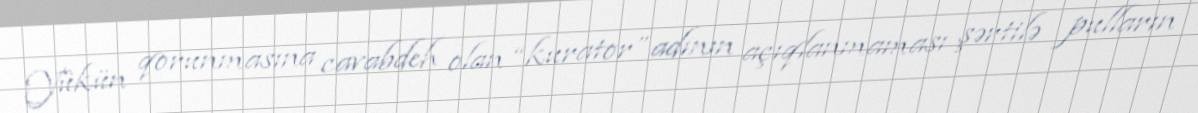
Yükün qorunmasına cavabdeh olan “kurator” adının açıqlanmaması şərtilə pulların